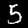
Label: 5